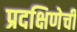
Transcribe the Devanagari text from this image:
प्रदक्षिणेची